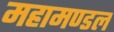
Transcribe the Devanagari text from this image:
महामण्‍डल